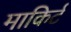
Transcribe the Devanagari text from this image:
माकिर्ट